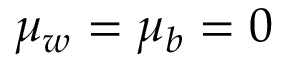
\mu _ { w } = \mu _ { b } = 0